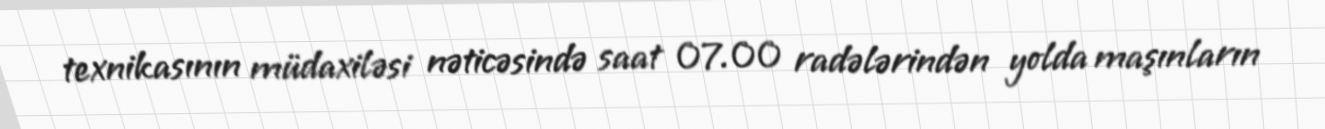
texnikasının müdaxiləsi nəticəsində saat 07.00 radələrindən yolda maşınların